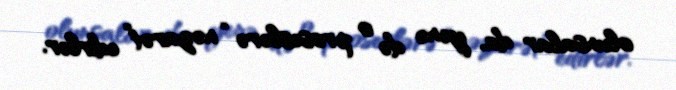
olunsalar da, yenə də o proseslərə “nəzarət” edirlər.